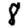
Digit: 8